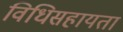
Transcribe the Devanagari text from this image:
विधिसहायता